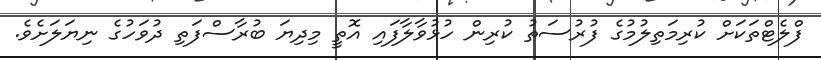
ފްލެޓްތަކަށް ކުރިމަތިލުމުގެ ފުރުސަތު ކުރިން ހުޅުވާލާފައި އޮތީ މިދިޔަ ބުރާސްފަތި ދުވަހުގެ ނިޔަލަށެވެ.